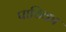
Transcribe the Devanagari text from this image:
पाठिका